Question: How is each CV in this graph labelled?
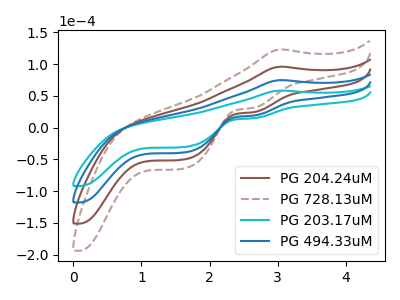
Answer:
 <answer>The brown curve is labeled "PG 204.24uM". The brown dashed curve is labeled "PG 728.13uM". The cyan curve is labeled "PG 203.17uM". The blue curve is labeled "PG 494.33uM".</answer>
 <eval></eval>